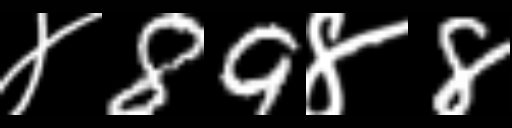
Text: ४89४8